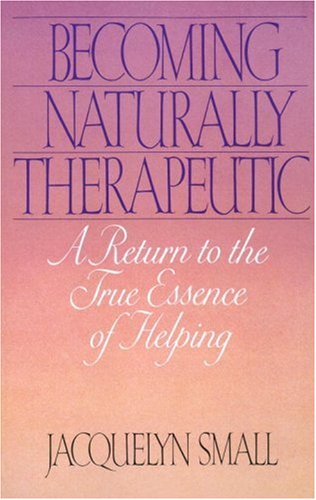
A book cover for Becoming Naturally Therapeutic: A Return To The True Essence Of Helping; Jacquelyn Small; Health, Fitness & Dieting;